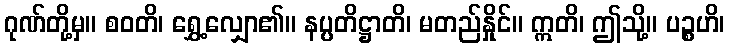
ဂုဏ်တို့မှ။ စဝတိ၊ ရွှေ့လျှော၏။ နပ္ပတိဋ္ဌာတိ၊ မတည်နှိုင်။ ဣတိ၊ ဤသို့။ ပဉ္စဟိ၊